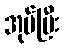
အုပ်ပြီး